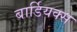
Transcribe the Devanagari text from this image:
बार्डियक्स